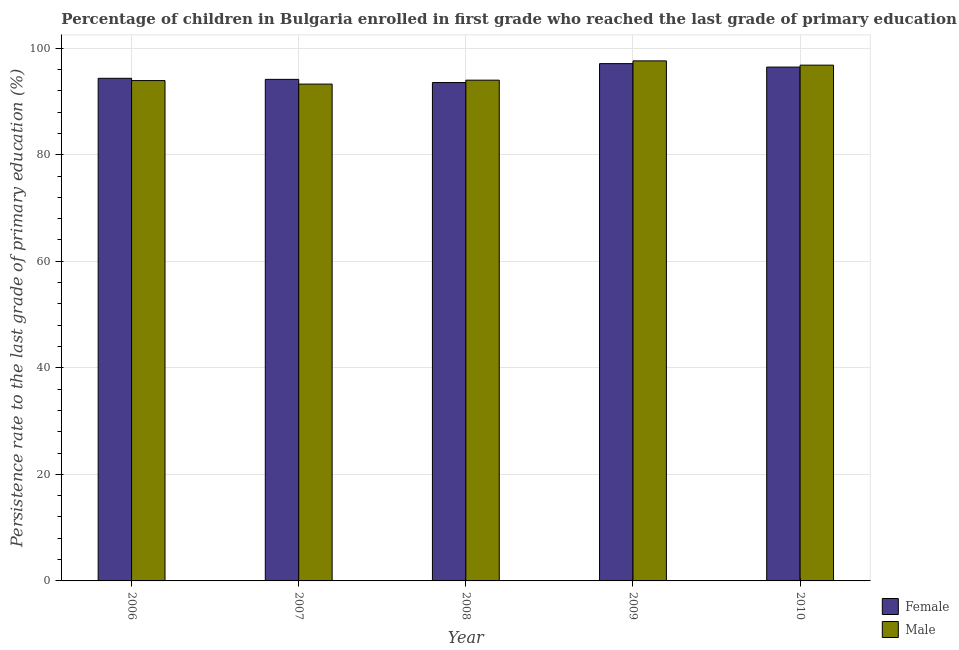
| Year | Female | Male |
 | --- | --- | --- |
 | 2006 | 94.3 | 93.9 |
 | 2007 | 94.1 | 93.3 |
 | 2008 | 93.5 | 94 |
 | 2009 | 97.1 | 97.6 |
 | 2010 | 96.5 | 96.8 |